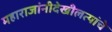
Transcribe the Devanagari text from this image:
महाराजांनीदेखीलत्यांचे